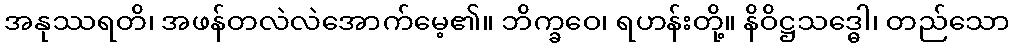
အနုဿရတိ၊ အဖန်တလဲလဲအောက်မေ့၏။ ဘိက္ခဝေ၊ ရဟန်းတို့။ နိဝိဋ္ဌသဒ္ဓေါ၊ တည်သော